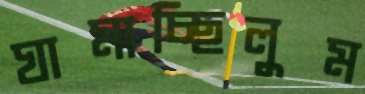
ঘামাচ্ছিলুম